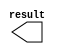
// megafunction wizard: %LPM_CONSTANT%VBB%
// GENERATION: STANDARD
// VERSION: WM1.0
// MODULE: LPM_CONSTANT 

// ============================================================
// Megafunction Name(s):
// 			LPM_CONSTANT
//
// Simulation Library Files(s):
// 			
// ============================================================
// ************************************************************
// THIS IS A WIZARD-GENERATED FILE. DO NOT EDIT THIS FILE!
//
// 13.0.1 Build 232 06/12/2013 SP 1 SJ Web Edition
// ************************************************************

//Copyright (C) 1991-2013 Altera Corporation
//Your use of Altera Corporation's design tools, logic functions 
//and other software and tools, and its AMPP partner logic 
//functions, and any output files from any of the foregoing 
//(including device programming or simulation files), and any 
//associated documentation or information are expressly subject 
//to the terms and conditions of the Altera Program License 
//Subscription Agreement, Altera MegaCore Function License 
//Agreement, or other applicable license agreement, including, 
//without limitation, that your use is for the sole purpose of 
//programming logic devices manufactured by Altera and sold by 
//Altera or its authorized distributors.  Please refer to the 
//applicable agreement for further details.

module lpm_constant0 (
	result)/* synthesis synthesis_clearbox = 1 */;

	output	[31:0]  result;

endmodule

// ============================================================
// CNX file retrieval info
// ============================================================
// Retrieval info: PRIVATE: INTENDED_DEVICE_FAMILY STRING "Cyclone II"
// Retrieval info: PRIVATE: JTAG_ENABLED NUMERIC "0"
// Retrieval info: PRIVATE: JTAG_ID STRING "NONE"
// Retrieval info: PRIVATE: Radix NUMERIC "10"
// Retrieval info: PRIVATE: SYNTH_WRAPPER_GEN_POSTFIX STRING "0"
// Retrieval info: PRIVATE: Value NUMERIC "4"
// Retrieval info: PRIVATE: nBit NUMERIC "32"
// Retrieval info: PRIVATE: new_diagram STRING "1"
// Retrieval info: LIBRARY: lpm lpm.lpm_components.all
// Retrieval info: CONSTANT: LPM_CVALUE NUMERIC "4"
// Retrieval info: CONSTANT: LPM_HINT STRING "ENABLE_RUNTIME_MOD=NO"
// Retrieval info: CONSTANT: LPM_TYPE STRING "LPM_CONSTANT"
// Retrieval info: CONSTANT: LPM_WIDTH NUMERIC "32"
// Retrieval info: USED_PORT: result 0 0 32 0 OUTPUT NODEFVAL "result[31..0]"
// Retrieval info: CONNECT: result 0 0 32 0 @result 0 0 32 0
// Retrieval info: GEN_FILE: TYPE_NORMAL lpm_constant0.v TRUE
// Retrieval info: GEN_FILE: TYPE_NORMAL lpm_constant0.inc FALSE
// Retrieval info: GEN_FILE: TYPE_NORMAL lpm_constant0.cmp FALSE
// Retrieval info: GEN_FILE: TYPE_NORMAL lpm_constant0.bsf TRUE FALSE
// Retrieval info: GEN_FILE: TYPE_NORMAL lpm_constant0_inst.v FALSE
// Retrieval info: GEN_FILE: TYPE_NORMAL lpm_constant0_bb.v TRUE